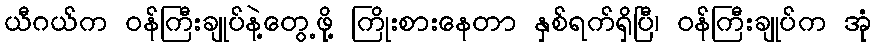
ယီဂယ်က ဝန်ကြီးချုပ်နဲ့တွေ့ဖို့ ကြိုးစားနေတာ နှစ်ရက်ရှိပြီ၊ ဝန်ကြီးချုပ်က အုံ